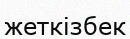
жеткізбек